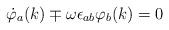
LaTeX: \begin{align*}\dot\varphi_a(k)\mp\omega\epsilon_{ab}\varphi_b(k)= 0\end{align*}